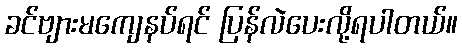
ခင်ဗျားမကျေနပ်ရင် ပြန်လဲပေးလို့ရပါတယ်။